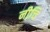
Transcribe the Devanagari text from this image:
नीचि